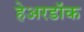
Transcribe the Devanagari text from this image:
हेअरडॉक